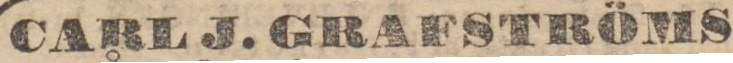
CARL J. GRAFSTRÖMS